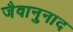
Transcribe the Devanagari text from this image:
जैवानुनाद